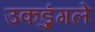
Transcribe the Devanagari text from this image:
उकडुंगले